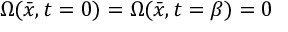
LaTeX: \Omega ( \bar { x } , t = 0 ) = \Omega ( \bar { x } , t = \beta ) = 0